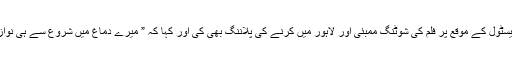
نندیتا داس نے کینز فلم فیسٹول کے موقع پر فلم کی شوٹنگ ممبئی اور لاہور میں کرنے کی پلاننگ بھی کی اور کہا کہ ” میرے دماغ میں شروع سے ہی نواز الدین صدیقی کا نام تھا۔